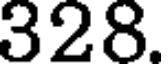
328.